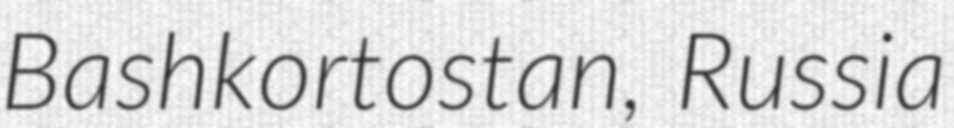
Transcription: Bashkortostan, Russia